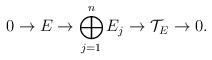
LaTeX: \begin{align*} 0 \rightarrow E \rightarrow \bigoplus_{j=1}^n E_j \rightarrow \mathcal{T}_E \rightarrow 0. \end{align*}